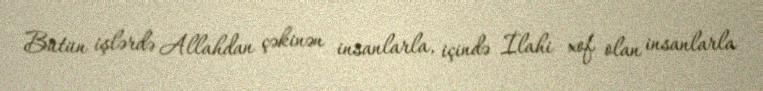
Bütün işlərdə Allahdan çəkinən insanlarla, içində İlahi xof olan insanlarla